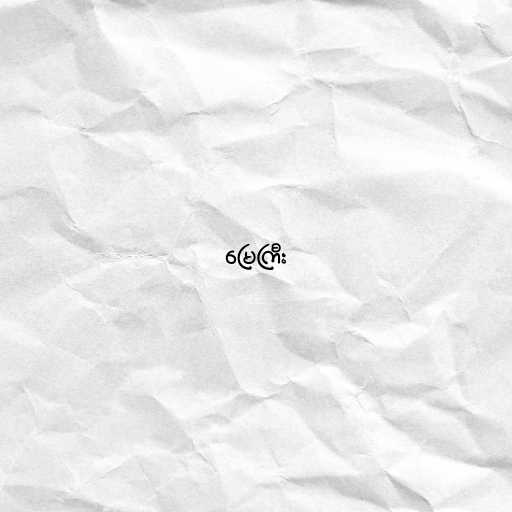
မြေကြီး